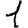
Digit: 1